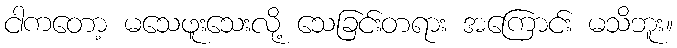
ငါကတော့ မသေဖူးသေးလို့ သေခြင်းတရား အကြောင်း မသိဘူး။